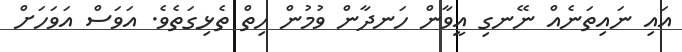
އައި ނައިތަނެއް ނޭނގި އީވާން ހަނދާން ވުމުން ހިތް ތެޅިގަތެވެ. އަވަސް އަވަހަށް